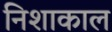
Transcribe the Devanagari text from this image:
निशाकाल